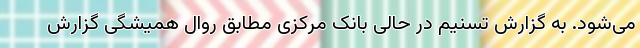
می‌شود. به گزارش تسنیم در حالی بانک مرکزی مطابق روال همیشگی گزارش